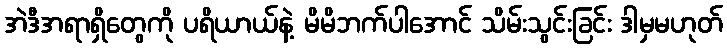
အဲဒီအရာရှိတွေကို ပရိယာယ်နဲ့ မိမိဘက်ပါအောင် သိမ်းသွင်းခြင်း ဒါမှမဟုတ်